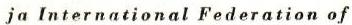
ja International Federation of